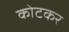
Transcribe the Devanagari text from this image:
कोटकर